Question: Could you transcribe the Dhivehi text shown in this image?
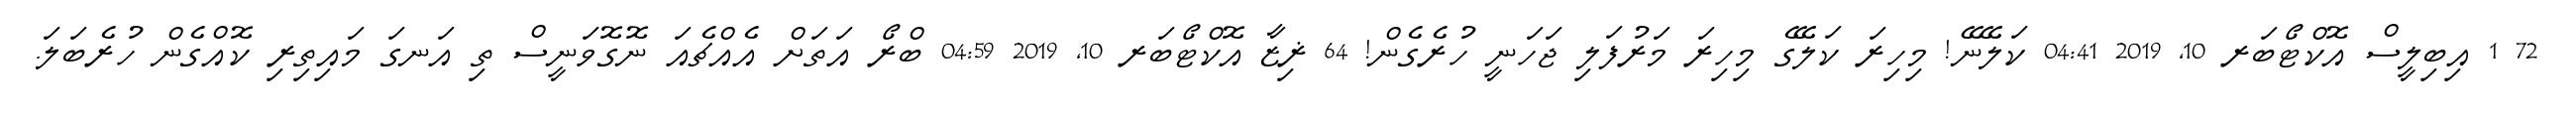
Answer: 72 1 އިބިލީސް އޮކްޓޯބަރ 10, 2019 04:41 ކަލޭނޭ! މިހިރަ ކަލޭގެ މިހިރަ މަރުފަލި ޖަހަނީ ހުރެގެން! 64 ޜިޒާ އޮކްޓޯބަރ 10, 2019 04:59 ބްރޯ އަތަށް އެއްޗެއަ ނޮގޮވަނީސް ތި އަނގަ މައިތިރި ކޮއްގެން ހުރެބަލަ.